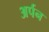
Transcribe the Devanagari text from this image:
अर्पन